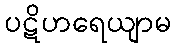
ပဋိဟရေယျာမ